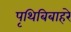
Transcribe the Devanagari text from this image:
पृथिबिबाहरे